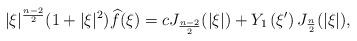
LaTeX: \begin{align*}|\xi|^{\frac{n-2}{2}}(1+|\xi|^2)\widehat{f}(\xi)=cJ_{\frac{n-2}{2}}(|\xi|)+Y_1\left(\xi'\right)J_{\frac{n}{2}}(|\xi|),\end{align*}